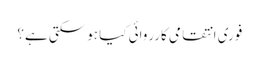
فوری انتقامی کارروائی کیا ہوسکتی ہے؟